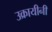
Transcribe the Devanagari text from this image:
उक्रायीनी